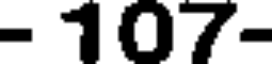
- 107-